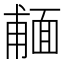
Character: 𩈨